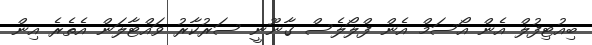
ބިއުޓިފުލް އެން އޯސަމް އެން ފްލޯލެސް ގާނޫނީ ސަރުކާރު ވައްޓާލަން އެތެރެ އިން